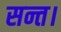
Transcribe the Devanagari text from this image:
सन्त।